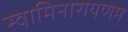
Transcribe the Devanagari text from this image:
स्वामिनारायणम्